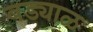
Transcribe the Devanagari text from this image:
बड्याळ